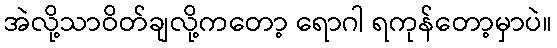
အဲလို့သာဝိတ်ချလို့ကတော့ ရောဂါ ရကုန်တော့မှာပဲ။